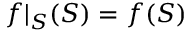
f | _ { S } ( S ) = f ( S )